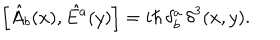
LaTeX: \left[ \hat { A } _ { b } ( x ) , \hat { E ^ { a } } ( y ) \right] = i \hbar \, \delta _ { b } ^ { a } \, { \delta } ^ { 3 } ( x , y ) .